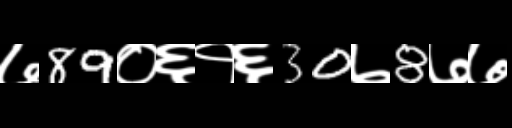
Text: ७89०६१६30७8७७